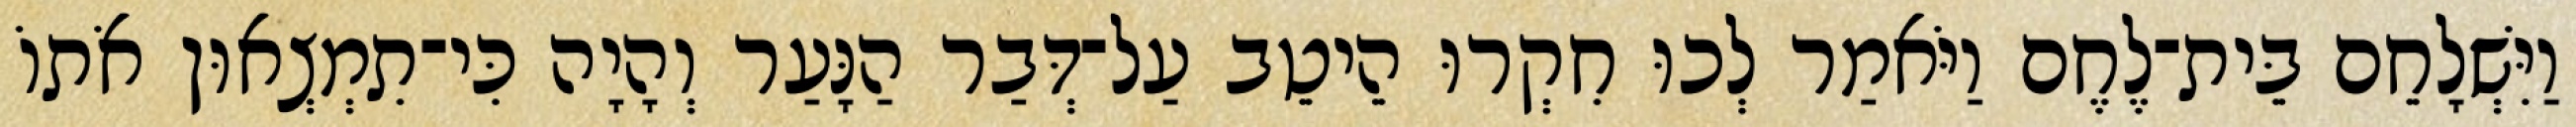
וַיִּשְׁלָחֵם בֵּית־לֶחֶם וַיֹּאמַר לְכוּ חִקְרוּ הֵיטֵב עַל־דְּבַר הַנָּעַר וְהָיָה כִּי־תִמְצְאוּן אֹתוֹ